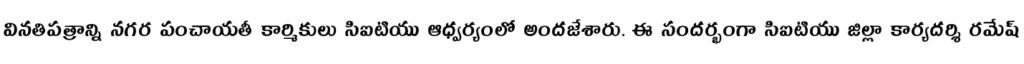
వినతిపత్రాన్ని నగర పంచాయతీ కార్మికులు సిఐటియు ఆధ్వర్యంలో అందజేశారు. ఈ సందర్భంగా సిఐటియు జిల్లా కార్యదర్శి రమేష్